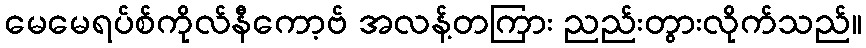
မေမေရပ်စ်ကိုလ်နီကော့ဗ် အလန့်တကြား ညည်းတွားလိုက်သည်။